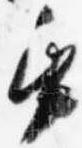
紙